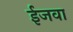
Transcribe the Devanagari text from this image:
ईजवा